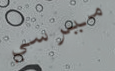
ميرسي